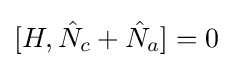
\lbrack H,{\hat {N}}_{c}+{\hat {N}}_{a}\rbrack =0